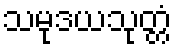
သမုဒယသုတ္တံ